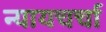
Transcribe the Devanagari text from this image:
न्यायचर्चा